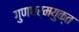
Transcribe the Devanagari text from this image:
गुणधर्मयुक्त